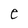
Character: e